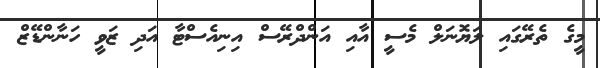
މީގެ ތެރޭގައި ލަޔޮނަލް މެސީ އާއި އަންދްރޭސް އިނިއެސްޓާ އަދި ޒަވީ ހަނާންޑޭޒް